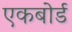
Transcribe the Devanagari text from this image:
एकबोर्ड